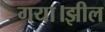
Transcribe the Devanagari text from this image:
गया।झील